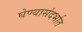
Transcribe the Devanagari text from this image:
घेण्यासंदर्भात